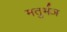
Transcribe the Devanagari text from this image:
मतुर्भञ